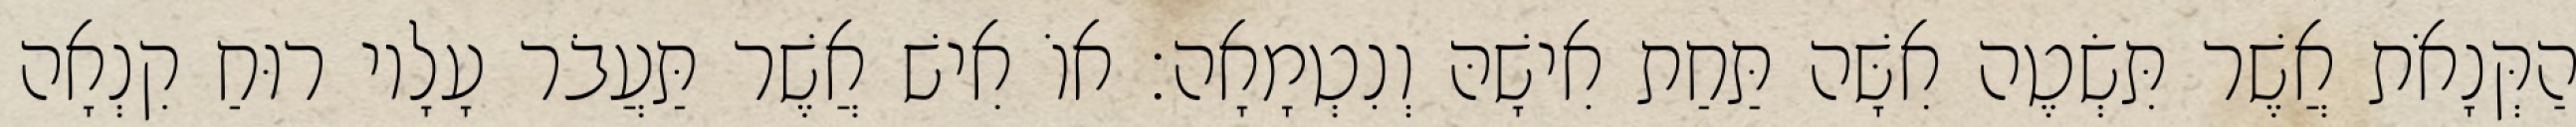
הַקְּנָאֹת אֲשֶׁר תִּשְׂטֶה אִשָּׁה תַּחַת אִישָׁהּ וְנִטְמָאָה׃ אוֹ אִישׁ אֲשֶׁר תַּעֲבֹר עָלָיו רוּחַ קִנְאָה